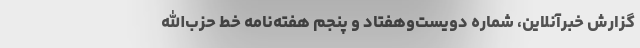
گزارش خبرآنلاین، شماره‌ دویست‌وهفتاد و پنجم هفته‌نامه‌ خط حزب‌الله